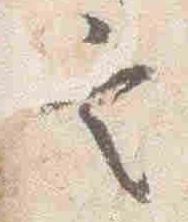
定